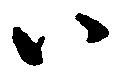
八